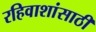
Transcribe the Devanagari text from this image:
रहिवाशांसाठी